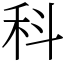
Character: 科